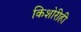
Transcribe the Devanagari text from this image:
किशोरीही